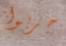
جربوا